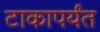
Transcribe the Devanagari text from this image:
टाकापर्यंत